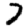
Digit: 7